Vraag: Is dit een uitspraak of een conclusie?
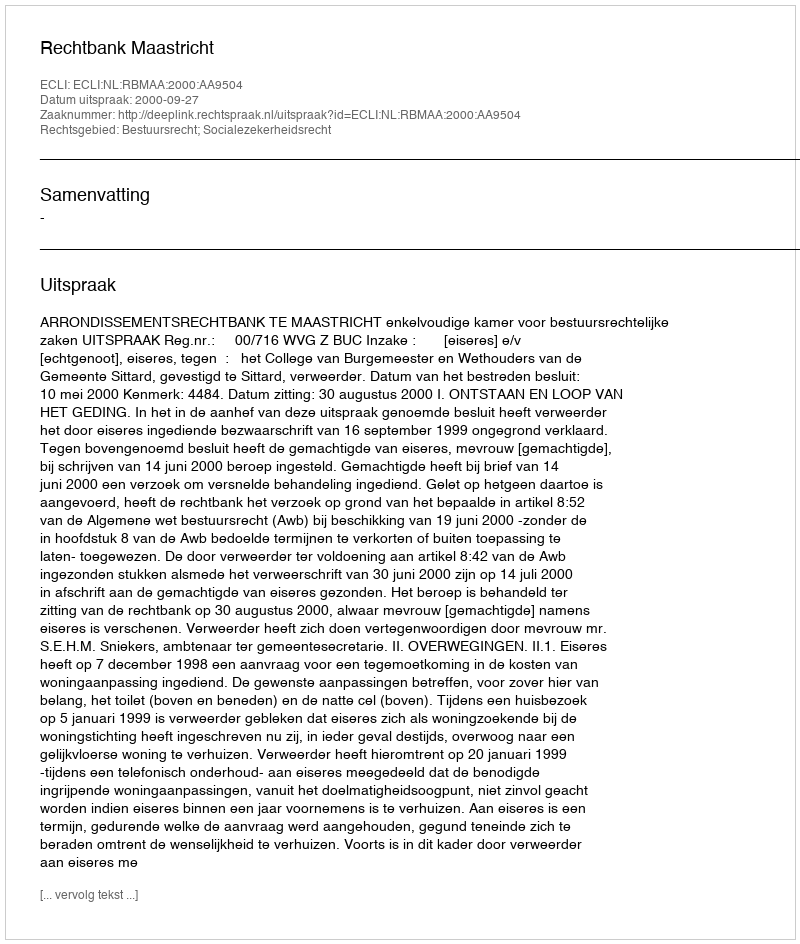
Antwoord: Uitspraak